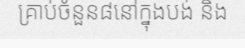
គ្រាប់ចំនួន៨នៅក្នុងបង់ និង